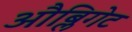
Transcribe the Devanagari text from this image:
औब्लिगेट